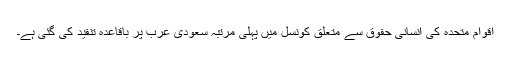
اقوام متحدہ کی انسانی حقوق سے متعلق کونسل ميں پہلی مرتبہ سعودی عرب پر باقاعدہ تنقيد کی گئی ہے۔